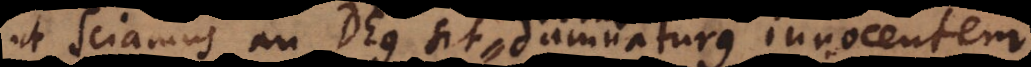
ut sciamus an Deus sit damnaturus innocentem.